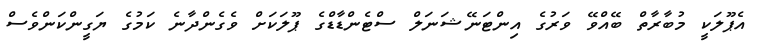
އެޕޫލަކީ މުބާރާތް ބޭއްވޭ ވަރުގެ އިންޓަނޭޝަނަލް ސްޓެންޑާޑްގެ ޕޫލަކަށް ވެގެންދާނެ ކަމުގެ ޔަގީންކަންވެސް